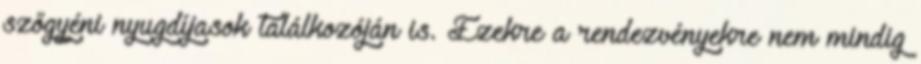
szőgyéni nyugdíjasok találkozóján is. Ezekre a rendezvényekre nem mindig